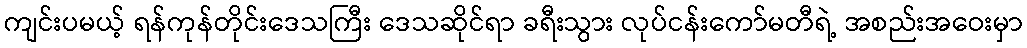
ကျင်းပမယ့် ရန်ကုန်တိုင်းဒေသကြီး ဒေသဆိုင်ရာ ခရီးသွား လုပ်ငန်းကော်မတီရဲ့ အစည်းအဝေးမှာ